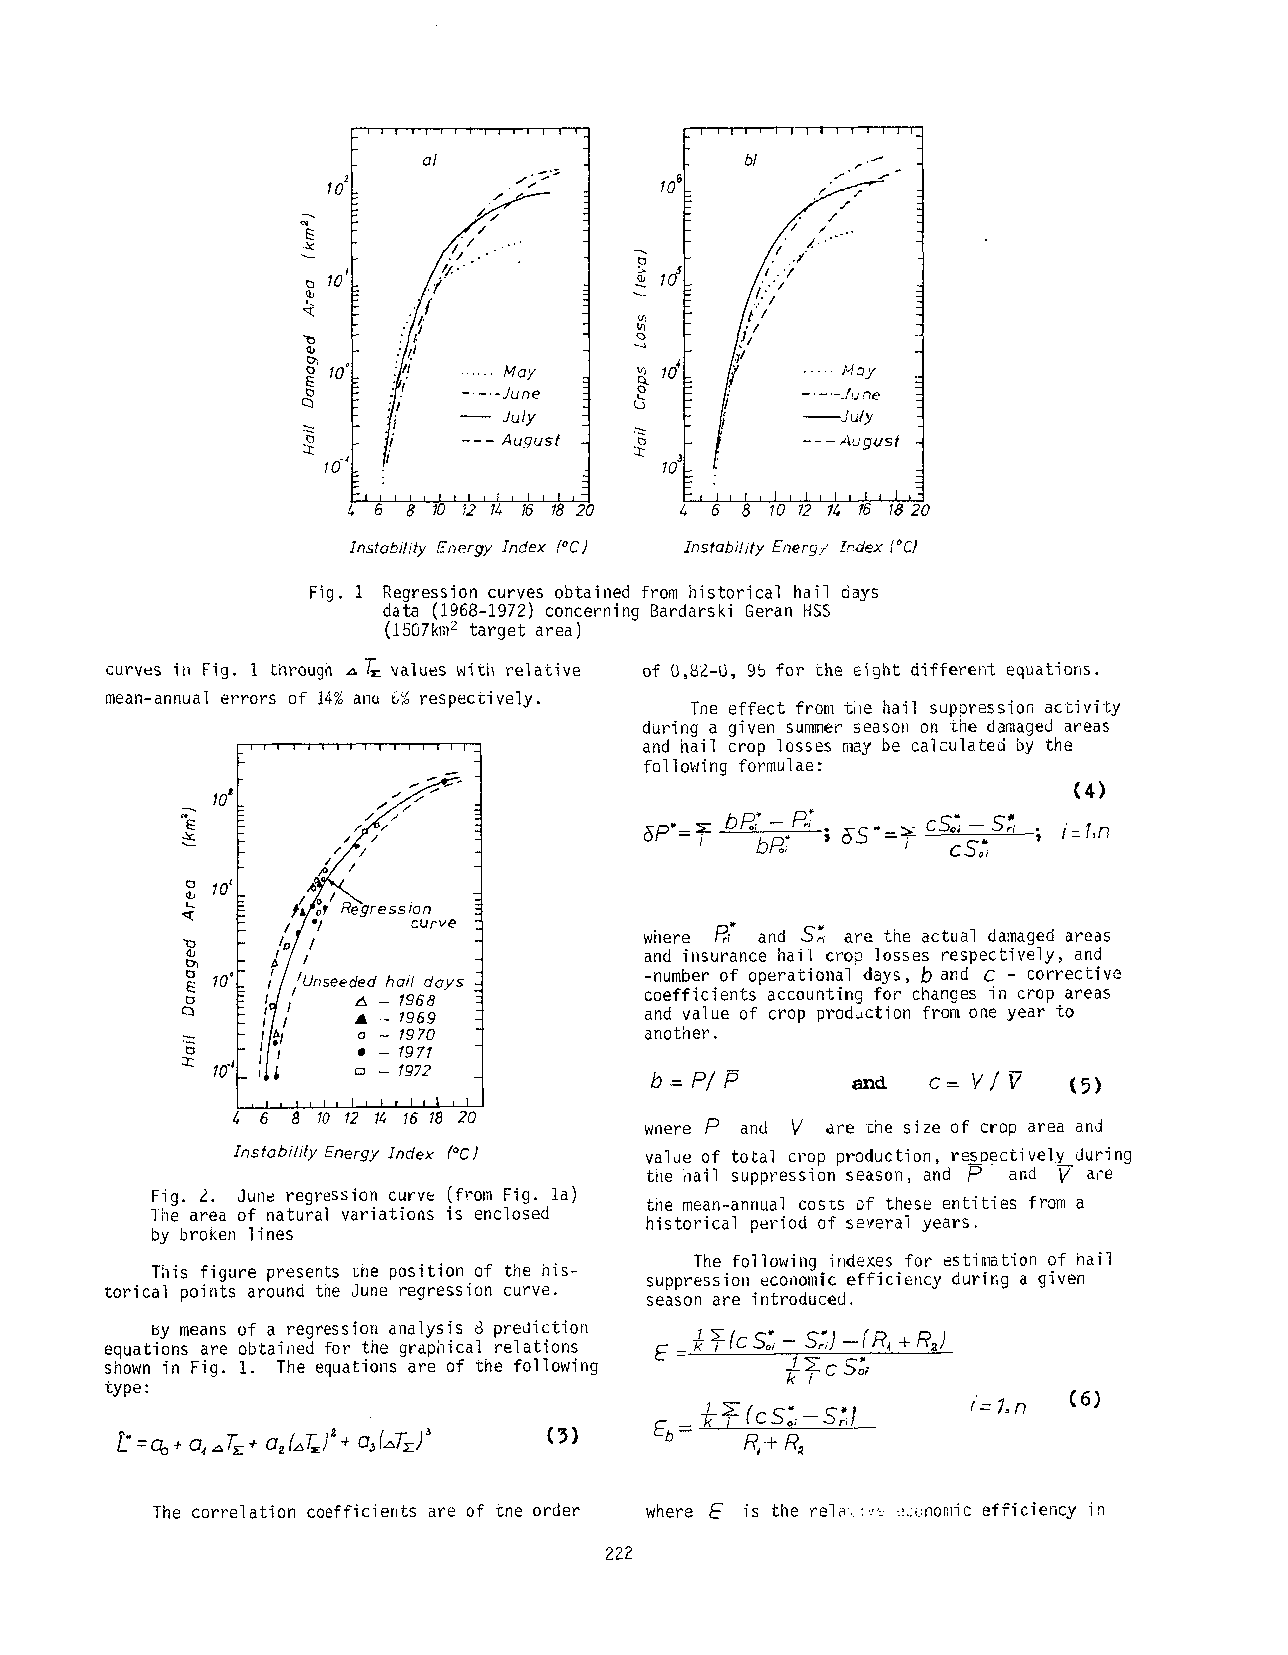
1t0
 :/ I
 "~.’[
 10’ :~j,,[ ¯ ..... May
 ..... June
 ~  July
 August
 6 8 10 12 14 I5 18 20 5 8 101 2 14 15 18 20
 Znsteb#ily Energy Index (eC) Instability Energ/ £edex[ °CI
 Fig. 1 Regression curves obtained from historical hail days
 data (1968-1972) concerning Bardarski Geran HSS
 (1507km2 target area)
 curves in Fig. 1 L~rougn ,~T~ ~alues witi~ ~elative of 0,82-0, 95 for the eight different equations.
 mean-annual errors of 14%a n~ 6% respecuively.
 The effect from ti~e hail suppression activi~y
 during a given summers eason on %hed amageda reas
 and hail crop losses n~ay be calculated by the
 following formulae:
 (4)
 5p.= ~- bR~- P#
 .  cS~ -
 ; i:l,n
 ~    bR7 ; ~S =~
 #~gression
 / ,/o/   curve
 where ~ and S~ are the actual damaged areas
 and insurance hail crop losses respectively, and
 10’ // /Unseededh ail days   -number of operational days, ~ and C - corrective
 ~J, / .4 - 1968          coefficients accounting for changes in crop areas
 "’~/1_ ~. - 1969          and value of crop p~od~ction from one year to
 II~    o -- 197 0         another.
 II;"-  ¯ - 1.~
 1.20
 ~     m - 1922            b=P/~        and c= V/V    (5)
 5 8 10 12 14 15 18 20     wnere P and V are ~i~e size of crop area and
 Insfabilily EnerEyI ndex PC] value of to~al crop production, res~#ctive].v during
 tile ;~ail suppression season, and F) and -~- are
 Fig. 2. June regression curve (from Fig. la)
 ti]e mean-annual costs of these entities from a
 lhe area of natural variations is enclosed
 historical period of several years.
 by broken lines
 The following indexes for esti~]ation of hail
 This figure presents ~he position of the his- suppression economic efficiency during a given
 ~orical points around the June regression curve.
 season are introduced.
 ~y means of a regression analysis 8 prediction
 equations are obtained for the graphical relations
 shown in Fig. i. The equations are of the following
 type:
 r=l,n  (6)
 Zk ~i(cS~,_~,,l
 L’=o+oo , ~T~+-o ~&T+~ o~#~ (~T~-) (~) Eb= R,-+R ,
 The correlation coefficients are of Sne order where ~ is the rely..:..,,: :L;cnonfic efficiency in
 222